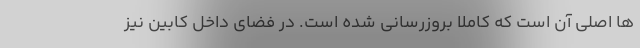
ها اصلی آن است که کاملا بروزرسانی شده است. در فضای داخل کابین نیز